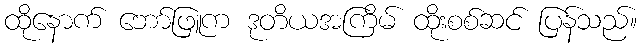
ထိုနောက် ဘော်ဖြူက ဒုတိယအကြိမ် ထိုးစစ်ဆင် ပြန်သည်။